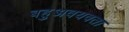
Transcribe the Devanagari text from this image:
बहुअवयवता